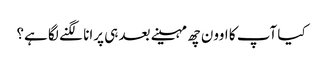
کیا آپ کا اوون چھ مہینے بعد ہی پرانا لگنے لگا ہے؟